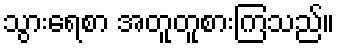
သွားရေစာ အတူတူစားကြသည်။